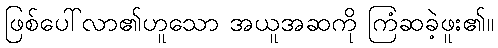
ဖြစ်ပေါ်လာ၏ဟူသော အယူအဆကို ကြံဆခဲ့ဖူး၏။